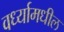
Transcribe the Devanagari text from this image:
वर्ध्यामधील